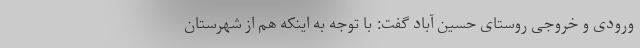
ورودی و خروجی روستای حسین آباد گفت: با توجه به اینکه هم از شهرستان